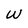
Character: W